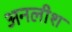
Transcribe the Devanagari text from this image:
अनलीश